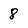
Character: 8